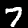
Label: 7